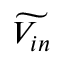
\widetilde { V _ { i n } }